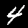
Digit: 4